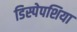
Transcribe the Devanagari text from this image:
डिस्पेपशिया